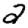
Digit: 2